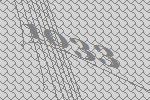
1033